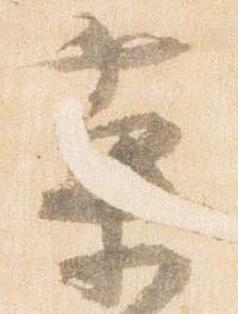
菓